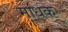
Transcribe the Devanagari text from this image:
माधक